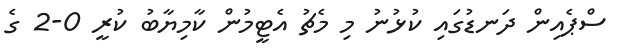
ސްޕެއިން ދަނޑުގައި ކުޅުނު މި މެޗު އެޓީމުން ކާމިޔާބު ކުރީ 0-2 ގެ